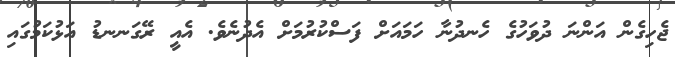
ޖެހިގެން އަންނަ ދުވަހުގެ ހެނދުނާ ހަމައަށް ފަސްކުރުމަށް އެދުނެވެ. އެއީ ރޭގަނނޑު އަޅުކަމުގައި